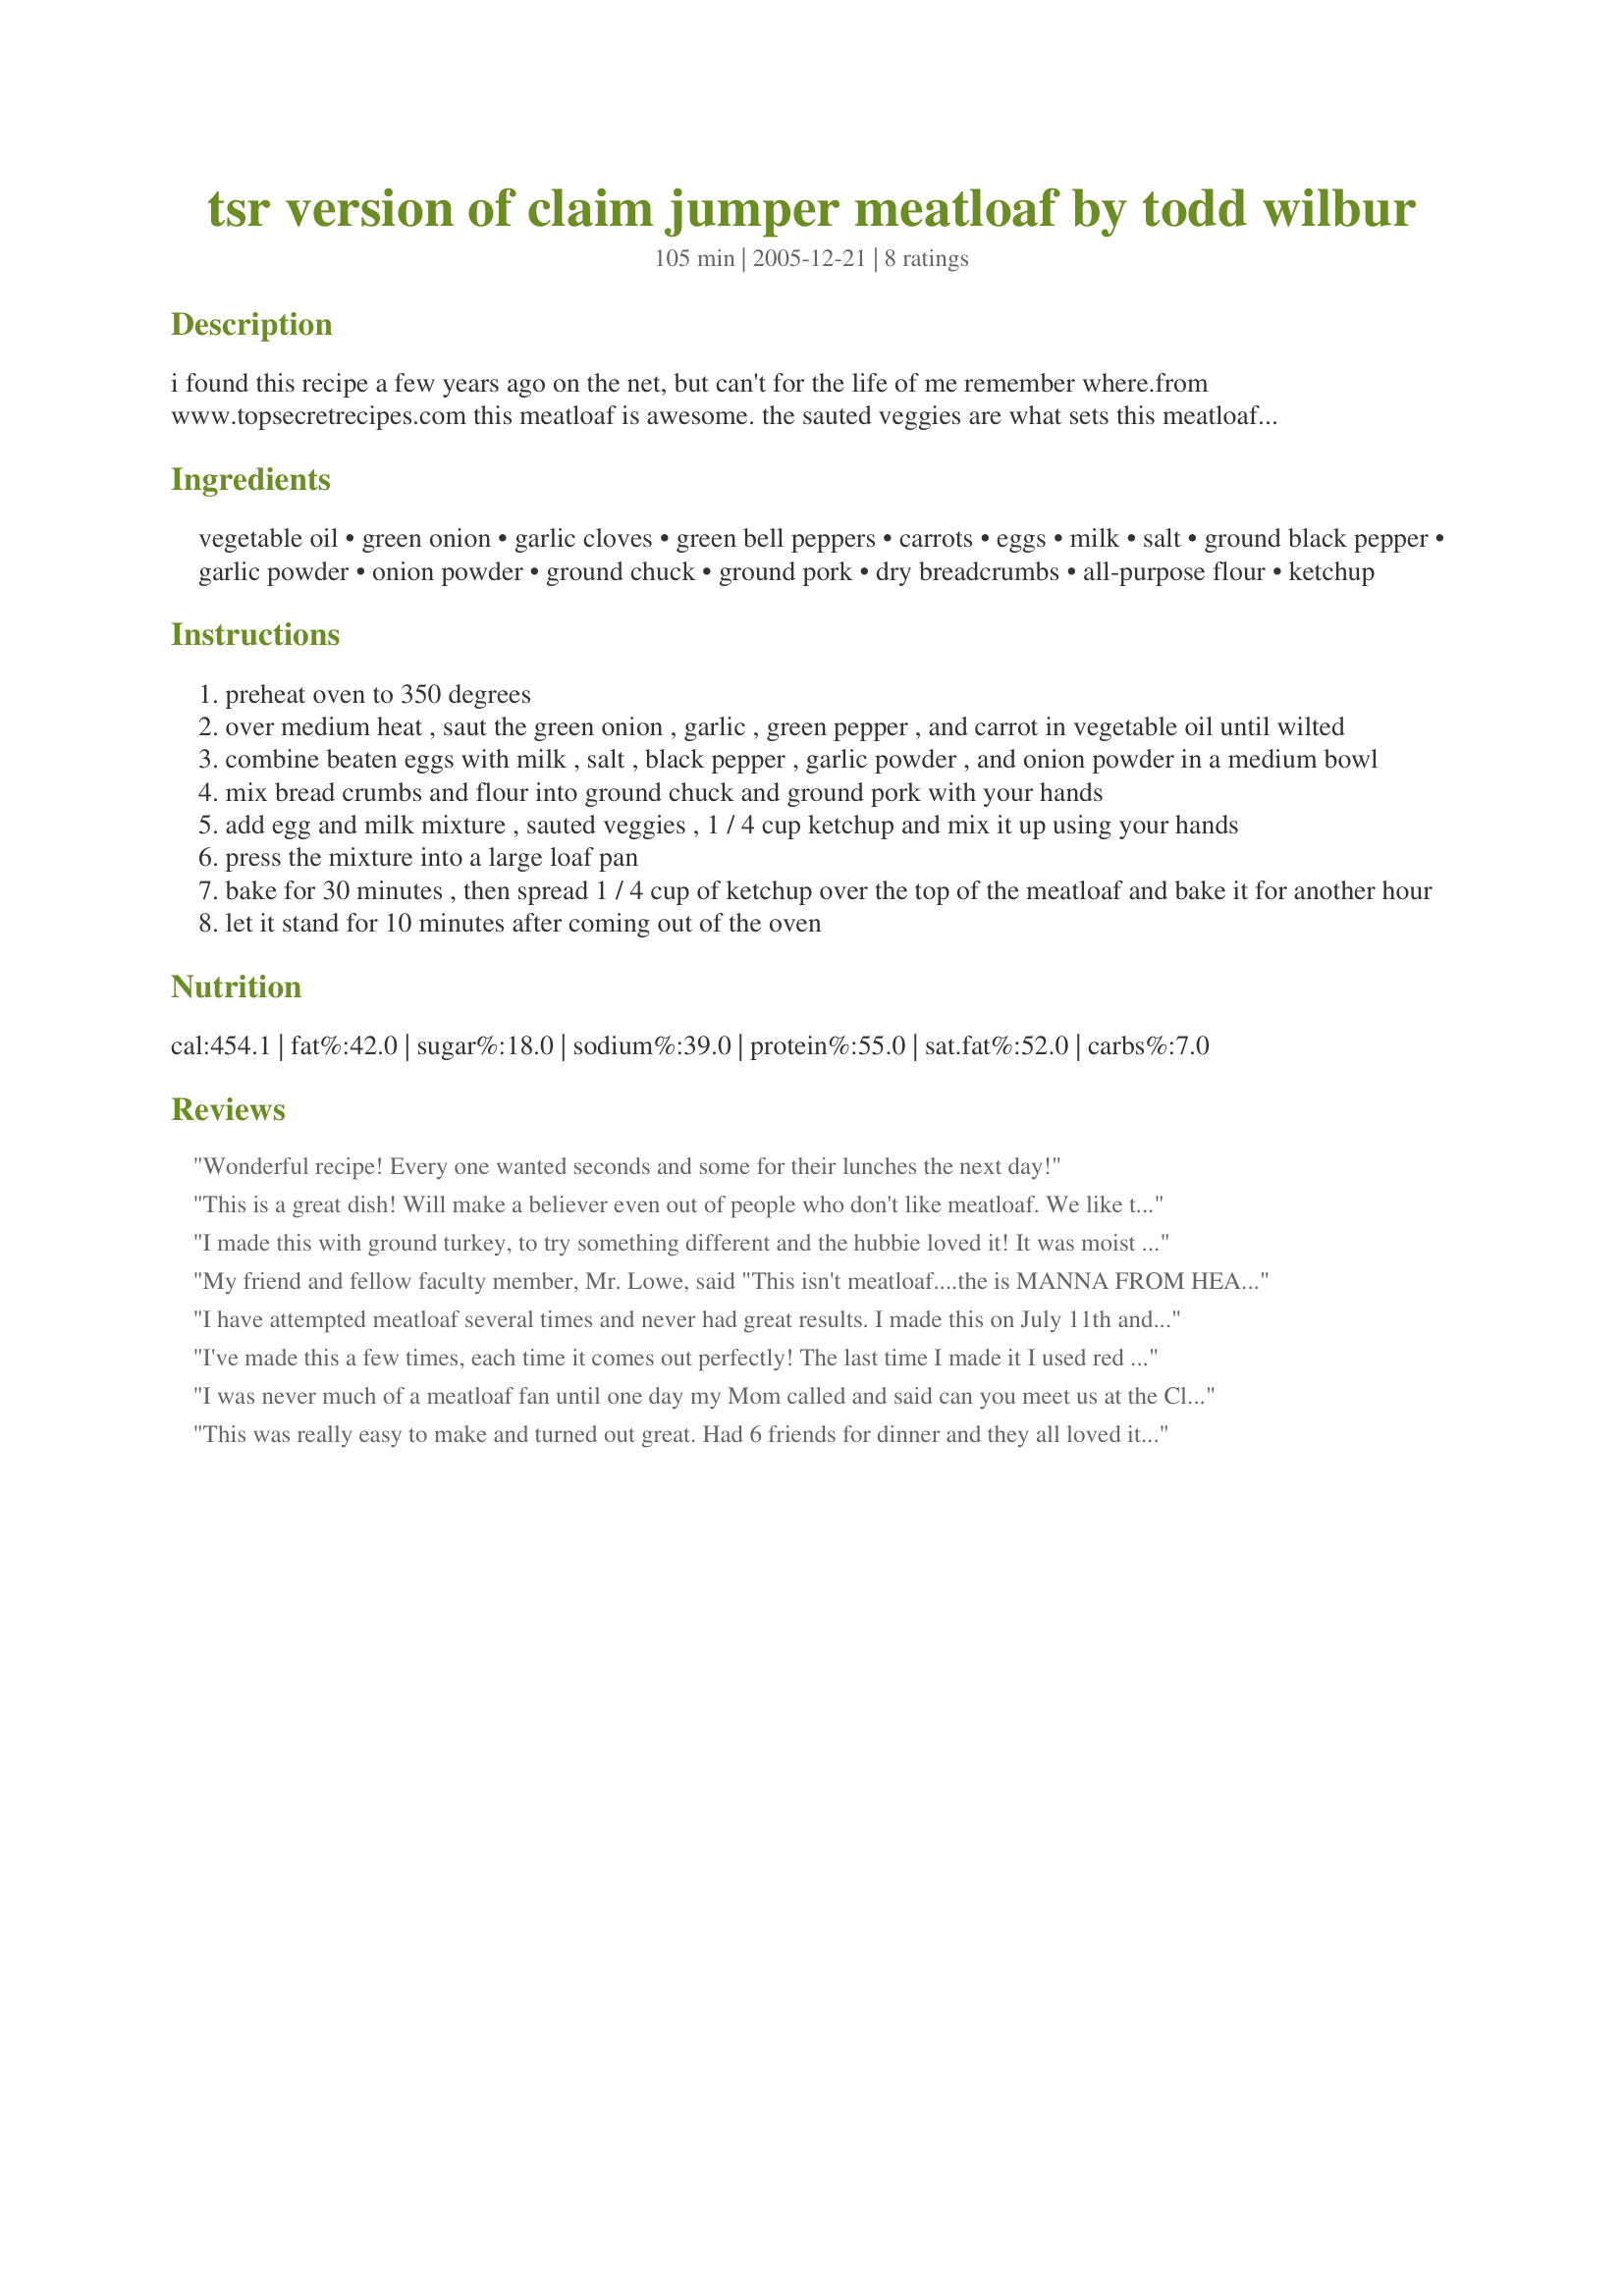
tsr version of claim jumper meatloaf by todd wilbur
Preparation time: 105 minutes

i found this recipe a few years ago on the net, but can't for the life of me remember where.from www.topsecretrecipes.com this meatloaf is awesome. the sauted veggies are what sets this meatloaf apart. they give the meatloaf a wonderful flavor while keeping things moist. my kids love it!

Ingredients:
vegetable oil, green onion, garlic cloves, green bell peppers, carrots, eggs, milk, salt, ground black pepper, garlic powder, onion powder, ground chuck, ground pork, dry breadcrumbs, all-purpose flour, ketchup

Steps:
preheat oven to 350 degrees
over medium heat , saut the green onion , garlic , green pepper , and carrot in vegetable oil until wilted
combine beaten eggs with milk , salt , black pepper , garlic powder , and onion powder in a medium bowl
mix bread crumbs and flour into ground chuck and ground pork with your hands
add egg and milk mixture , sauted veggies , 1 / 4 cup ketchup and mix it up using your hands
press the mixture into a large loaf pan
bake for 30 minutes , then spread 1 / 4 cup of ketchup over the top of the meatloaf and bake it for another hour
let it stand for 10 minutes after coming out of the oven

Reviews:
Wonderful recipe! Every one wanted seconds and some for their lunches the next day!
This is a great dish! Will make a believer even out of people who don't like meatloaf. We like to use mild italian ground sausage vs normal ground pork. This really is an awesome dish.
I made this with ground turkey, to try something different and the hubbie loved it! It was moist and tasty. It was even better the next day warmed up for sandwiches!I'll definately be making this one again. Thanks!
My friend and fellow faculty member, Mr. Lowe, said "This isn't meatloaf....the is MANNA FROM HEAVEN! He is a bachelor and will beg me to make this "Manna" meatloaf. Thank you so much for sharing it...it is really a ten star recipe!
I have attempted meatloaf several times and never had great results. I made this on July 11th and it was excellent. My picky 5 year old loved it and is asking for left overs for lunch today. We live in Tucson and like a little spice to our food so I used italian hot sausage in place of ground pork to give it a little kick. I also used both red and green bell pepper for color and flavor. Thank you for posting this recipe. We are now lovers of the loaf!
I've made this a few times, each time it comes out perfectly! The last time I made it I used red bell pepper intead of green and I thought the taste was even better that way. My meatloaf hating hubby has requested it twice! I serve with buttered grean beans and fried potatoes. I've never eaten at Claim Jumper, but this is fabulous meatloaf! Thanks for posting-HK
I was never much of a meatloaf fan until one day my Mom called and said can you meet us at the Claimjumper for lunch, we had a no show. The meal had already been ordered, so I didn't have a choice, I was served the meatloaf. OMG that lunch turned me into a meatloaf lover. I've been back to Claimjumper several times and have ordered the meatloaf. I can't belive I order meatloaf in a restaurant! I was so happy to find this recipe. One of the best!
This was really easy to make and turned out great. Had 6 friends for dinner and they all loved it, didn't make any changes to original recipe. Will definetly make again!After making it again, I now add two finely chopped jalapenos to give it more zip!I've since made it dozens of times and I do make some changes. I don't bother with the bell peppers, I use about 4 very spicy habanero peppers from the garden with the seeds removed. I also use 5 cloves of garlic and the other change I make is that for the pork I use spicy pork sausage. Sometimes I add some uncooked oats too for fiber.
